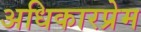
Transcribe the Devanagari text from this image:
अधिकारप्रेम